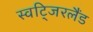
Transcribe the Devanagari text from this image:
स्वटि्जरलैंड